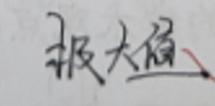
极大值.